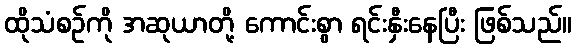
ထိုသံစဉ်ကို အဆုယာတို့ ကောင်းစွာ ရင်းနှီးနေပြီး ဖြစ်သည်။